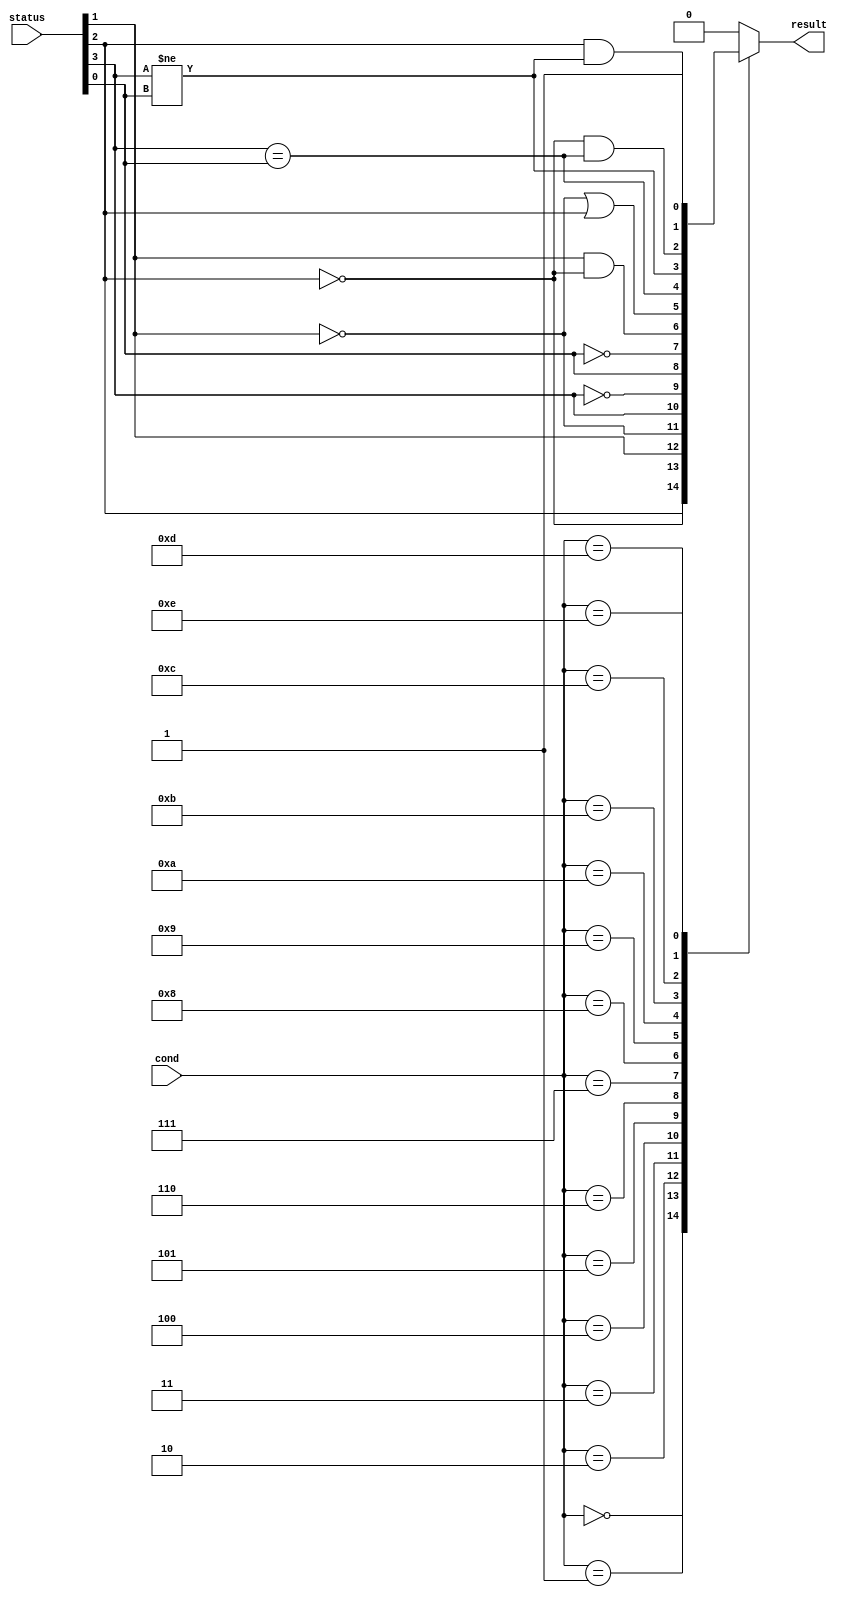
module ConditionCheck(
    input [3:0] cond,
    input [3:0] status,
    output reg result
);
    wire n, z, c, v;
    assign {n, z, c, v} = status;

    always @(cond, n, z, c, v) begin
        result = 1'b0;
        case (cond)
            4'b0000: result = z;             // EQ
            4'b0001: result = ~z;            // NE
            4'b0010: result = c;             // CS/HS
            4'b0011: result = ~c;            // CC/LO
            4'b0100: result = n;             // MI
            4'b0101: result = ~n;            // PL
            4'b0110: result = v;             // VS
            4'b0111: result = ~v;            // VC
            4'b1000: result = c & ~z;        // HI
            4'b1001: result = ~c | z;        // LS
            4'b1010: result = (n == v);      // GE
            4'b1011: result = (n != v);      // LT
            4'b1100: result = ~z & (n == v); // GT
            4'b1101: result = z & (n != v);  // LE
            4'b1110: result = 1'b1;          // AL
            default: result = 1'b0;
        endcase
    end
endmodule